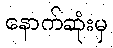
နောက်ဆုံးမှ